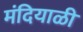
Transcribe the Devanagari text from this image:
मंदियाळी